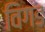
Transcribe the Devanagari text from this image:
विगड